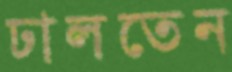
ঢালতেন